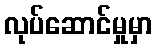
လုပ်ဆောင်မှုမှာ